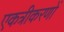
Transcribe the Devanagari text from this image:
एकत्रीकरणों